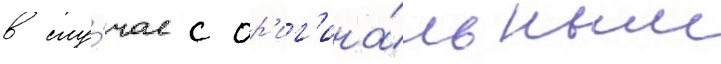
в слу́чае с ор'иг'ина́льным